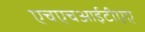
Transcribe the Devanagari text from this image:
एचएचआईटीएए